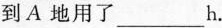
到A地用了___h.